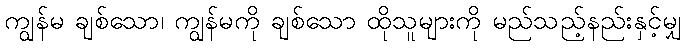
ကျွန်မ ချစ်သော၊ ကျွန်မကို ချစ်သော ထိုသူများကို မည်သည့်နည်းနှင့်မျှ